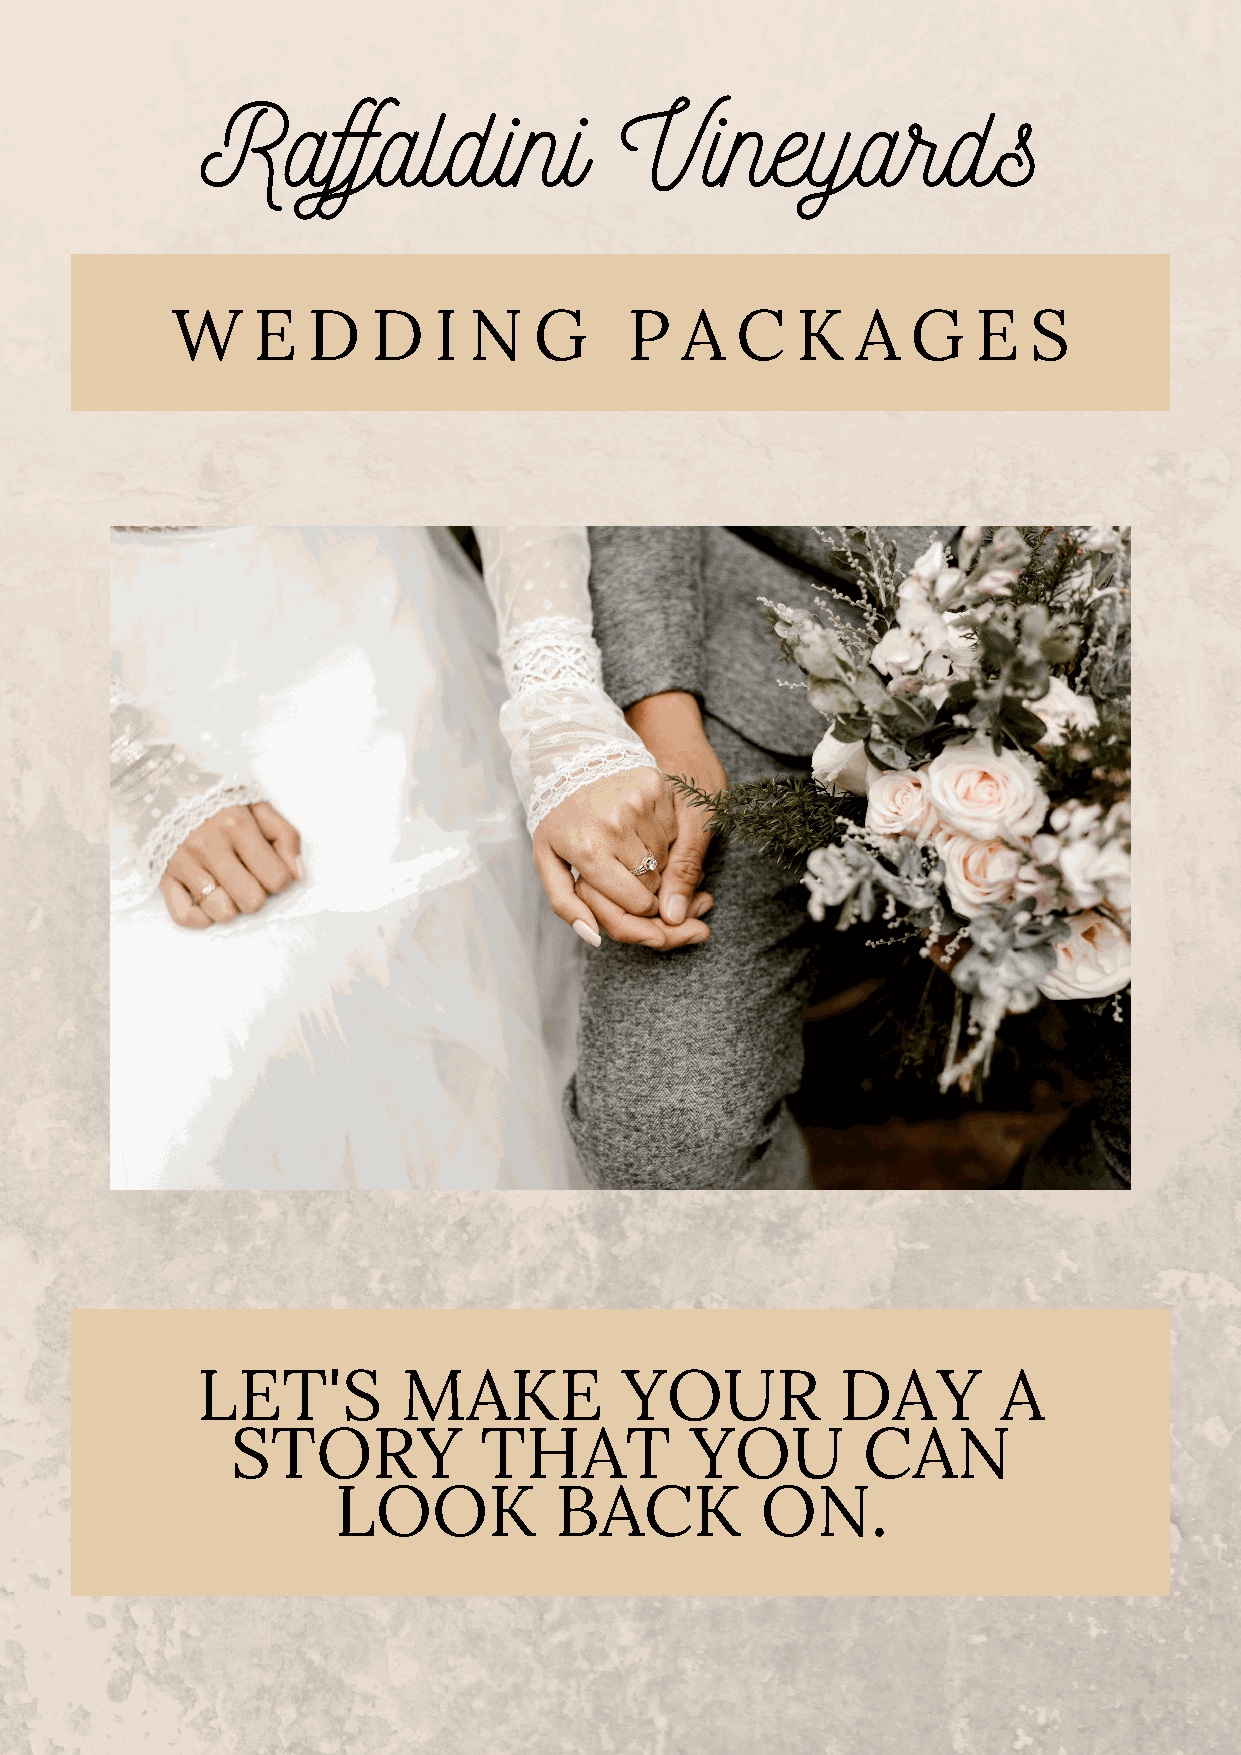
Raffaldini                  Vineyards
 W     E  D    D   I N   G      P  A   C   K   A  G    E  S
 LET'S         MAKE          YOUR           DAY       A
 STORY            THAT          YOU        CAN
 LOOK           BACK         ON.